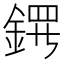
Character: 𬫤